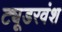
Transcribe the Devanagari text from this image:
ट्यूडरवंश